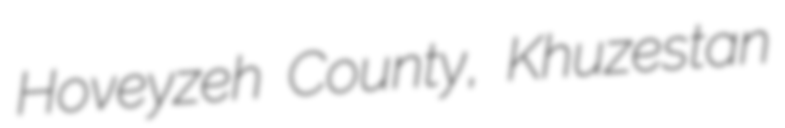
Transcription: Hoveyzeh County, Khuzestan